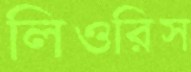
লিওরিস